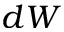
d W